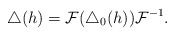
\begin{gather*}\bigtriangleup(h)=\mathcal{F}(\bigtriangleup_0(h))\mathcal{F}^{-1}.\end{gather*}